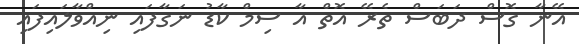
އޭނާ ގޮސް ދަބަސް ތެރޭ އޮތް އާ ސިމް ކާޑު ނަގާފައި ނިއްވާލައިފައި